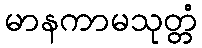
မာနကာမသုတ္တံ